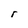
Character: r